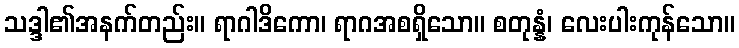
သဒ္ဒါ၏အနက်တည်း။ ရာဂါဒိကော၊ ရာဂအစရှိသော။ စတုန္နံ၊ လေးပါးကုန်သော။